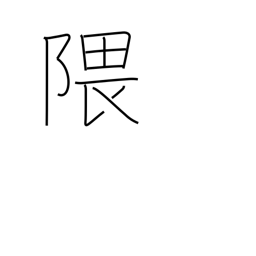
Meaning: recess